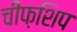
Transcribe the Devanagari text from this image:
चीफ़शिप